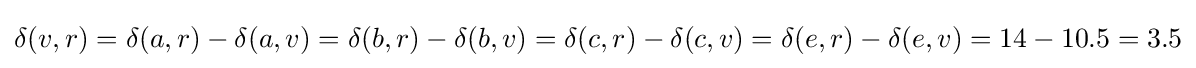
\delta (v,r)=\delta (a,r)-\delta (a,v)=\delta (b,r)-\delta (b,v)=\delta (c,r)-\delta (c,v)=\delta (e,r)-\delta (e,v)=14-10.5=3.5